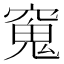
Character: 𫁖